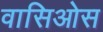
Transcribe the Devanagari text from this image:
वासिओस